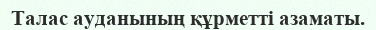
Талас ауданының құрметті азаматы.